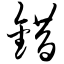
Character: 错